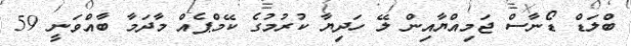
ބްލަޑް ޑޯނާސް ޖަމިއްޔާއިން ލޭ ހަދިޔާ ކުރުމުގެ ކޭމްޕެއް މާދަމާ ބާއްވަނީ 59